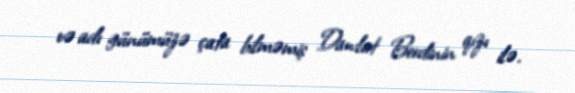
və adı günümüzə çata bilməmiş Dawlat Berdinin qızı ilə.